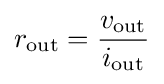
r_{\text{out}}={\frac {v_{\text{out}}}{i_{\text{out}}}}